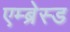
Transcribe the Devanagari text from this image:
एम्ब्रेस्ड